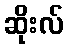
ဆိုးလ်